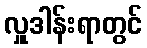
လှူဒါန်းရာတွင်